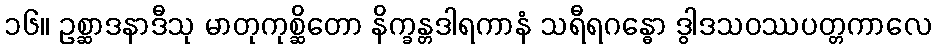
၁၆။ ဥစ္ဆာဒနာဒီသု မာတုကုစ္ဆိတော နိက္ခန္တဒါရကာနံ သရီရဂန္ဓော ဒွါဒသဝဿပတ္တကာလေ